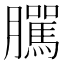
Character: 𦢷